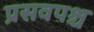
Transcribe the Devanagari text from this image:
प्रसवपश्च